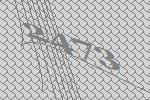
2473